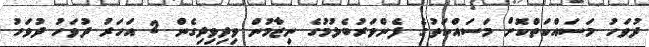
ދުވަހު މަސައްކަތްކޮށް މަސައްކަތުގެ ފެންވަރުބެލުމުގެ ނިޒާމުން ވިދިވިދިގެން 2 އަހަރު ދުވަހު ދުވަހު